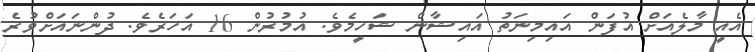
އެއީ މާލެއަށް އުފަން އައިމިނަތު އައިޝާން ޝަހީމެވެ. އުމުރުން 16 އަހަރެވެ. ދުންނައަށްވުރެ